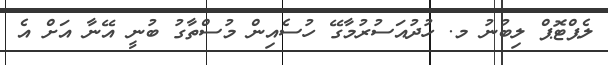
ލެޕްޓޮޕް ލިބުނު މ. ހުދުއަސުރުމާގޭ ހުސެއިން މުސްތާގު ބުނީ އޭނާ އަށް އެ